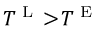
T ^ { \textnormal { L } } \! > \! T ^ { \textnormal { E } }